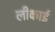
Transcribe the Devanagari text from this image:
लीकाई